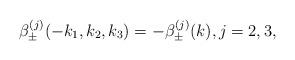
LaTeX: \begin{align*}\beta_{\pm}^{(j)}(-k_1,k_2,k_3) = -\beta_{\pm}^{(j)}(k), j=2,3,\end{align*}